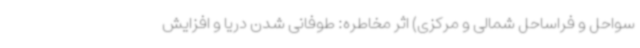
سواحل و فراساحل شمالی و مرکزی) اثر مخاطره: طوفانی شدن دریا و افزایش